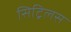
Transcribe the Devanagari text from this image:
सिट्रिलस